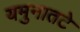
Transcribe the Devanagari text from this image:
यमुनातटे